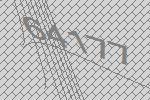
64177